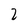
Character: 2